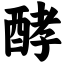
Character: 酵